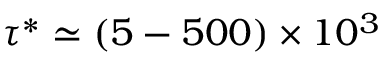
\tau ^ { * } \simeq ( 5 - 5 0 0 ) \times 1 0 ^ { 3 }